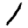
Digit: 1